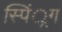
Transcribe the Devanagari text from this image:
स्पिं्रग